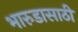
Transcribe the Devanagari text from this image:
भारुडासाठी